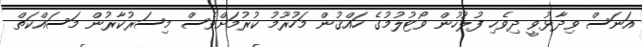
އަނަސް ވިދާޅުވީ ދިވެހި ފުލުހުން ވޯޓުލުމުގެ ހައްޤުން މަހުރޫމު ކުރުމަށްވެސް މިސަރުކާރުން މަސައްކަތް